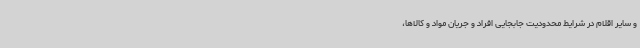
و سایر اقلام در شرایط محدودیت جابجایی افراد و جریان مواد و کالاها،